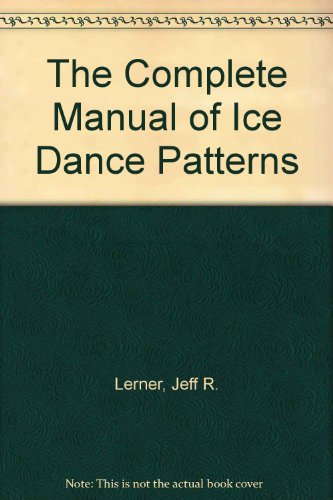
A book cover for The Complete Manual of Ice Dance Patterns; Jeff R. Lerner; Sports & Outdoors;